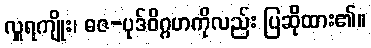
လှူရကျိုး၊ ဓဇ-ပုဒ်ဝိဂ္ဂဟကိုလည်း ပြဆိုထား၏။